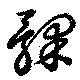
髁